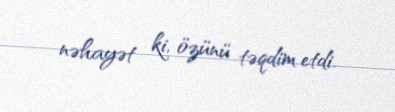
nəhayət ki, özünü təqdim etdi.